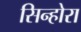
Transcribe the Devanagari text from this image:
सिन्होरा